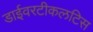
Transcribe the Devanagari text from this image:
डाईवरटीकलटिस